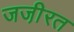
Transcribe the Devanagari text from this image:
जजी़रत